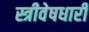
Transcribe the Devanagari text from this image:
स्त्रीवेषधारी